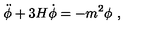
\ddot { \phi } + 3 H \dot { \phi } = - m ^ { 2 } \phi \ ,